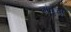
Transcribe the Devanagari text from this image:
बांबुचा